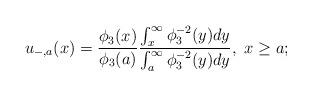
LaTeX: \begin{align*}u_{-,a}(x)=\frac{\phi_3(x)}{\phi_3(a)}\frac{\int_x^\infty\phi_3^{-2}(y)dy}{\int_a^\infty\phi_3^{-2}(y)dy},\ x\ge a;\end{align*}